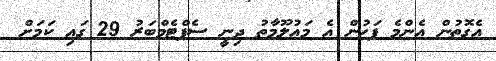
އެގޮތުން އެންމެ ފަހުން އެ މައުލޫމާތު ދިނީ ސެޕްޓެމްބަރު 29 ގައި ކަމަށް